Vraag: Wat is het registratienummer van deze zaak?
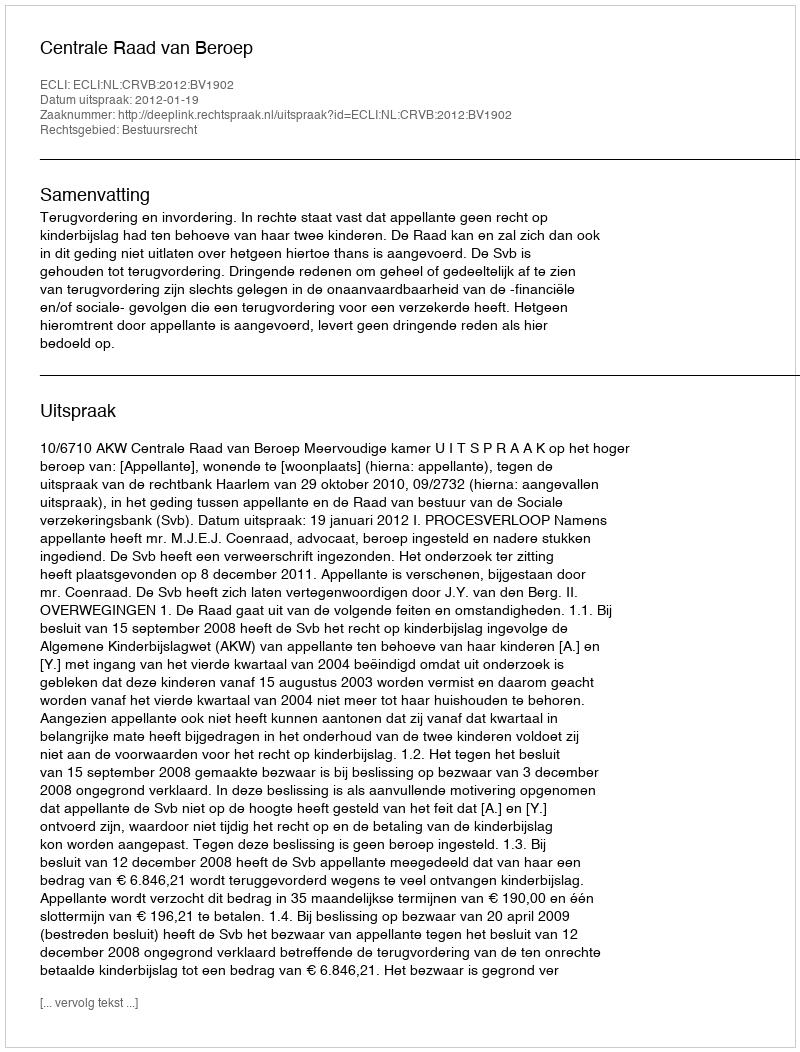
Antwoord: http://deeplink.rechtspraak.nl/uitspraak?id=ECLI:NL:CRVB:2012:BV1902